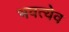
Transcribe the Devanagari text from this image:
भवत्येव